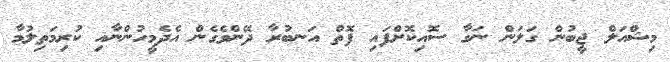
މިޝްއަލް ޖީބުން ގަލަން ނަގާ ސޮއިކޮށްފައި ފޮތް އަނބުރާ ދޭންވެގެން އެދެމީހުންނާއި ކުރިމަތިލުމާ